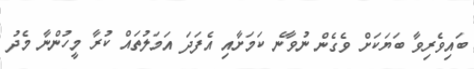
ބައިވެރިވާ ބަޔަކަށް ވެގެން ނުވާނެ ކަމަށާއި އެފަދަ އަމަލުތައް ކުރާ މީހުންނާ މެދު